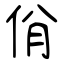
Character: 佾